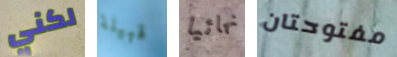
لكني قبيلة نهائيا مفتوحتان